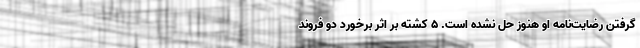
گرفتن رضایت‌نامه او هنوز حل نشده است. 5 کشته بر اثر برخورد دو فروند